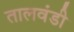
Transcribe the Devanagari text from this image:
तालवंडी